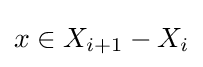
x\in X_{i+1}-X_{i}